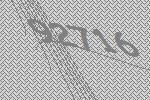
92716